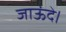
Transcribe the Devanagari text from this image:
जाऊंदे।